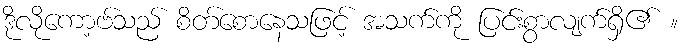
ဒိုလိုကော့ဗ်သည် စိတ်စောနေသဖြင့် အသက်ကို ပြင်းစွာလျက်ရှိ၏ ။